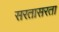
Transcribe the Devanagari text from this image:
सरतासरता